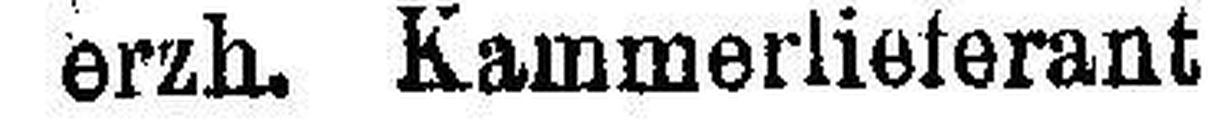
erzh. Kammerlieferant